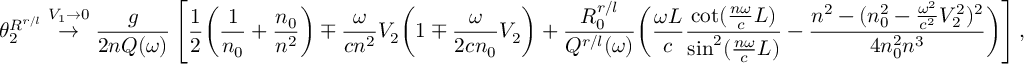
\theta _ { 2 } ^ { R ^ { r / l } } \stackrel { V _ { 1 } \rightarrow 0 } { \rightarrow } \frac { g } { 2 n Q ( \omega ) } \left[ \frac { 1 } { 2 } \bigg ( \frac { 1 } { n _ { 0 } } + \frac { n _ { 0 } } { n ^ { 2 } } \bigg ) \mp \frac { \omega } { c n ^ { 2 } } V _ { 2 } \bigg ( 1 \mp \frac { \omega } { 2 c n _ { 0 } } V _ { 2 } \bigg ) + \frac { R _ { 0 } ^ { r / l } } { Q ^ { r / l } ( \omega ) } \bigg ( \frac { \omega L } { c } \frac { \cot ( \frac { n \omega } { c } L ) } { \sin ^ { 2 } ( \frac { n \omega } { c } L ) } - \frac { n ^ { 2 } - ( n _ { 0 } ^ { 2 } - \frac { \omega ^ { 2 } } { c ^ { 2 } } V _ { 2 } ^ { 2 } ) ^ { 2 } } { 4 n _ { 0 } ^ { 2 } n ^ { 3 } } \bigg ) \right] ,